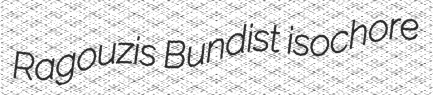
Ragouzis Bundist isochore